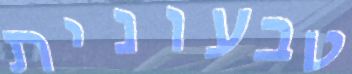
טבעונית